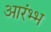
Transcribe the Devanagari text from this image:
आरंभ्भ